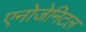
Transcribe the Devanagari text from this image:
एनोजेनिटल